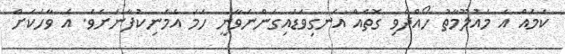
ކަމެއް އެ މައުލޫމާތު ހޯއްދެވި ގޮތެއް އެނގިވަޑައިގަންނަވާނީ ހަމަ އެމަނިކުފާނަށެވެ. އެ ވާހަކަށް